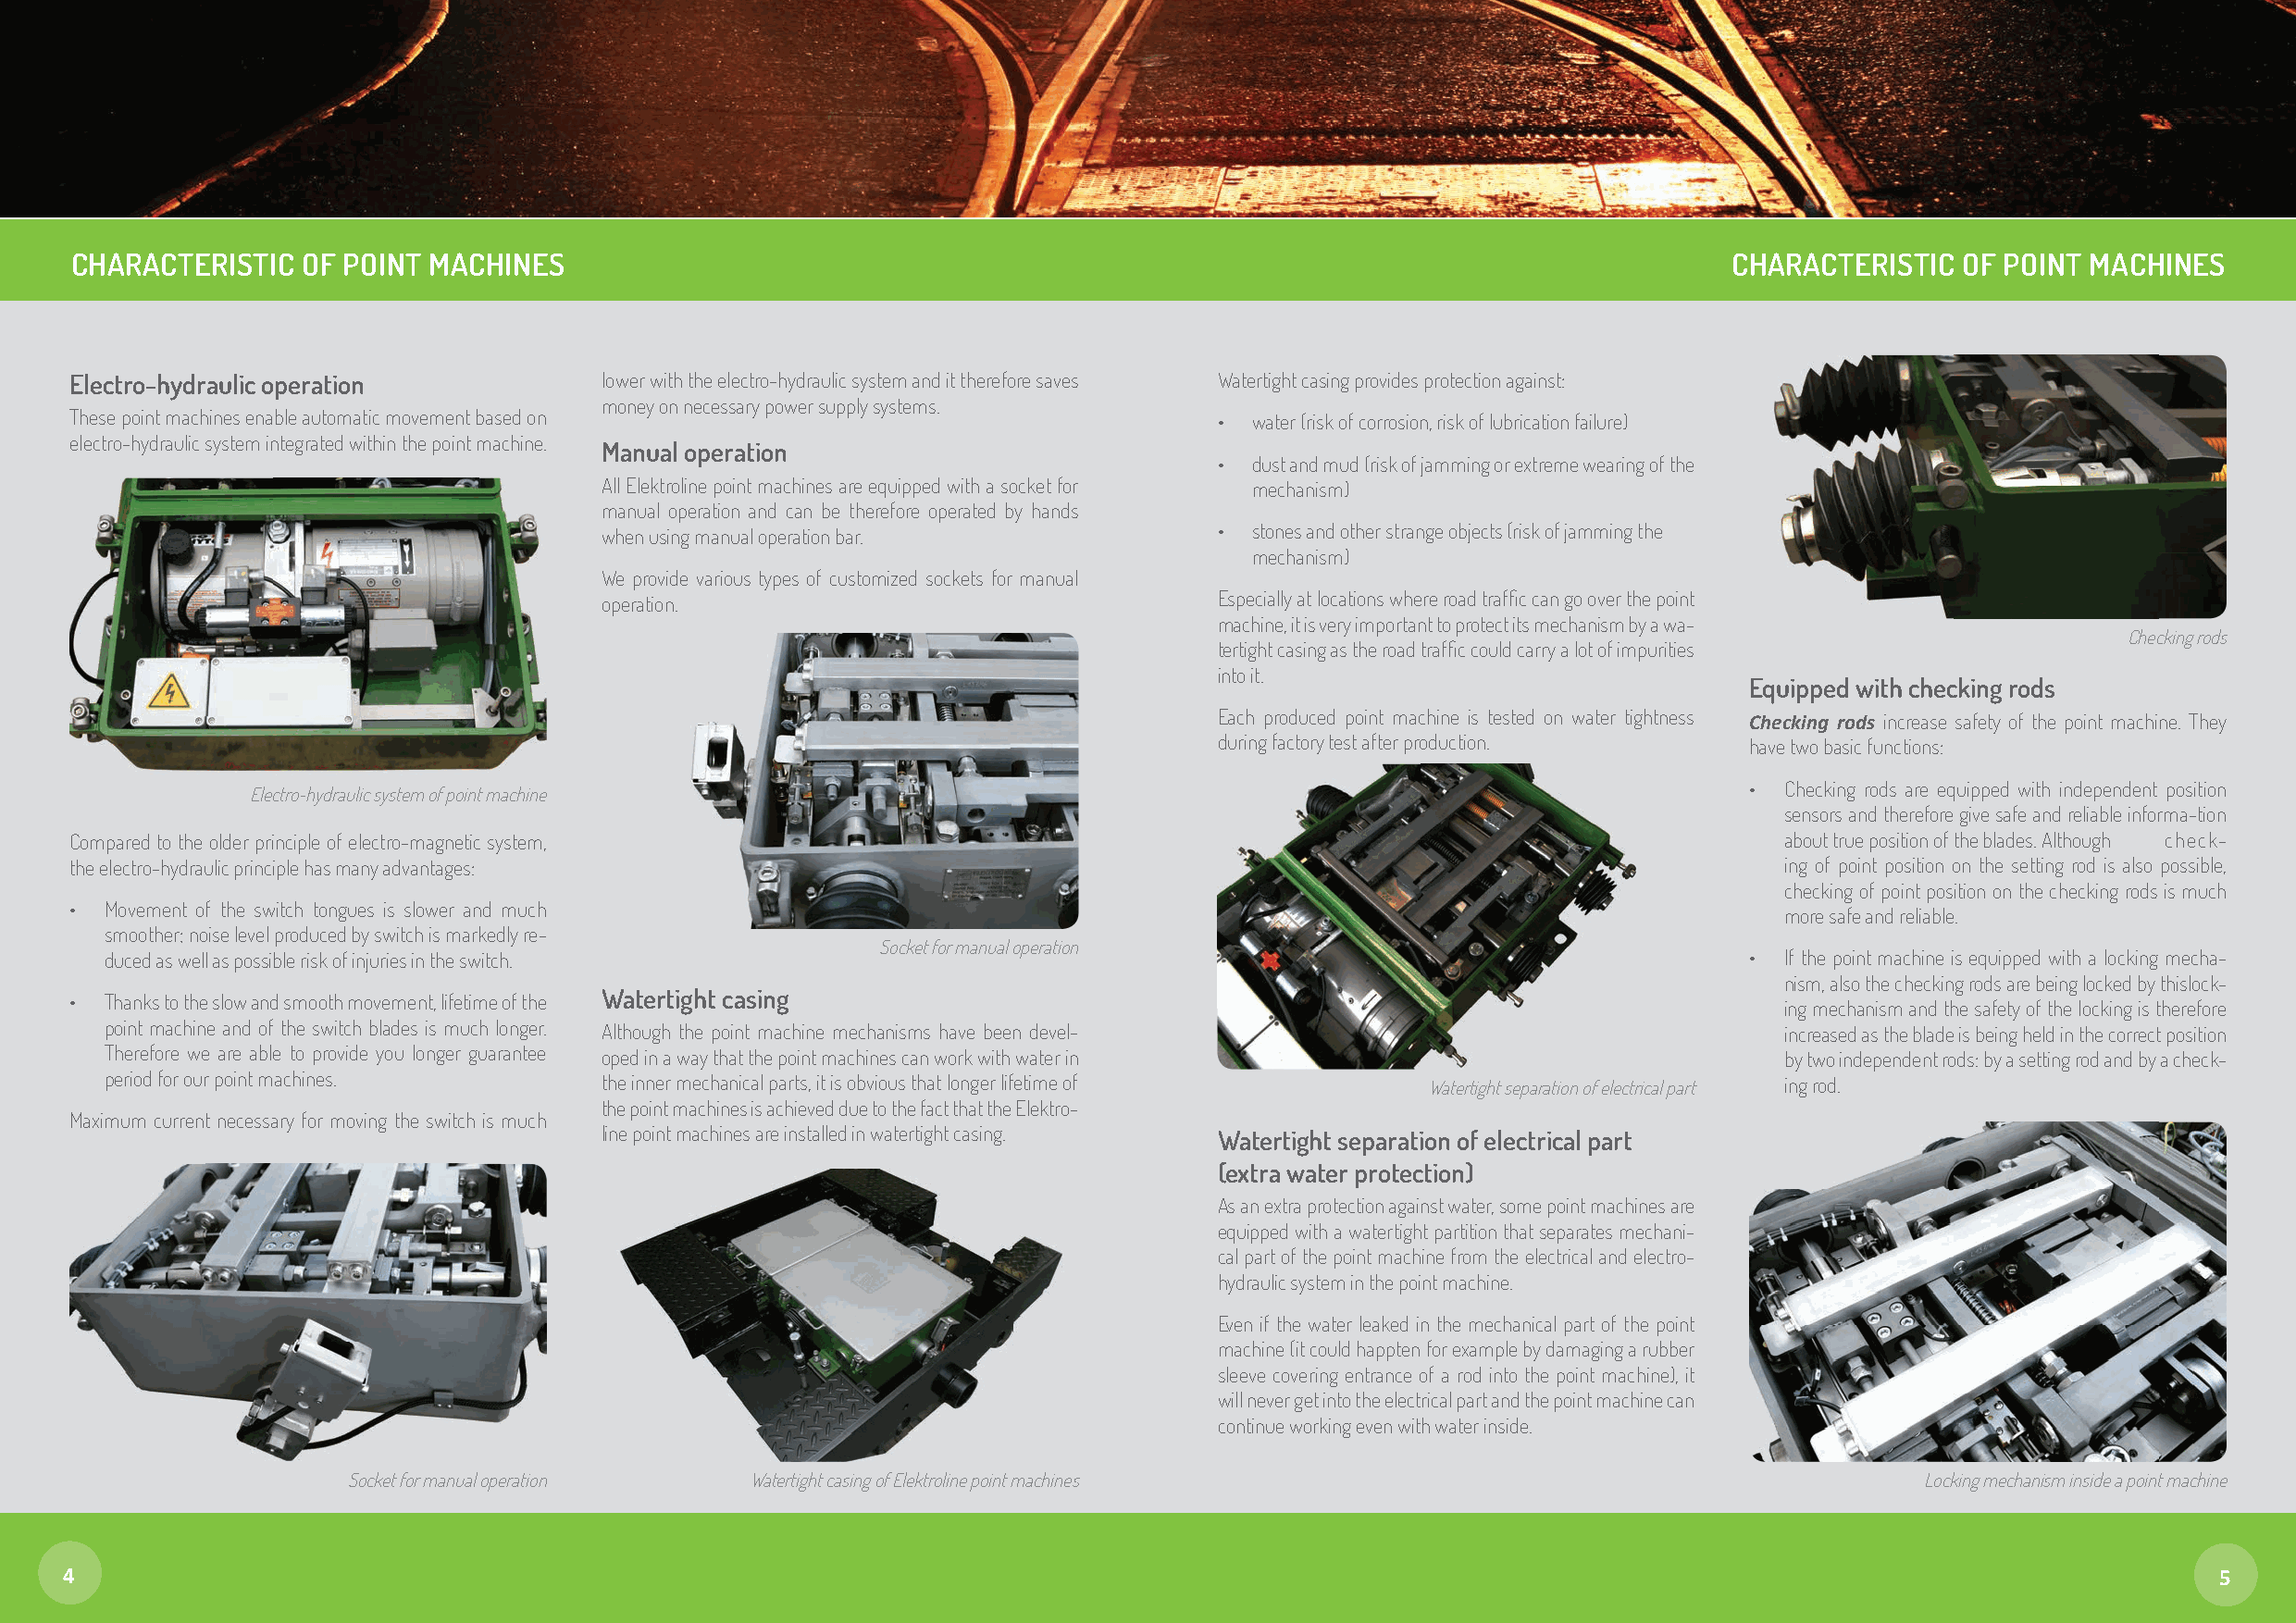
CHARACTERISTIC   OF POINT MACHINES                                                                                     CHARACTERISTIC  OF POINT MACHINES
 Electro-hydraulic operation           lower with the electro-hydraulic system and it therefore saves Watertight casing provides protection against:
 money on necessary power supply systems.
 These point machines enable automatic movement based on                           •  water (risk of corrosion, risk of lubrication failure)
 electro-hydraulic system integrated within the point machine.
 Manual operation
 •  dust and mud (risk of jamming or extreme wearing of the
 All Elektroline point machines are equipped with a socket for mechanism)
 manual operation and can be therefore operated by hands
 when using manual operation bar.            •  stones and other strange objects (risk of jamming the
 mechanism)
 We provide various types of customized sockets for manual
 operation.                                  Especially at locations where road traffi c can go over the point
 machine, it is very important to protect its mechanism by a wa-
 Checking rods
 tertight casing as the road traffi c could carry a lot of impurities
 into it.
 Equipped with checking rods
 Each produced point machine is tested on water tightness Checking rods increase safety of the point machine. They
 during factory test after production. have two basic functions:
 •  Checking rods are equipped with independent position
 Electro-hydraulic system of point machine
 sensors and therefore give safe and reliable informa-tion
 Compared to the older principle of electro-magnetic system,                                                                about true position of the blades. Although check-
 the electro-hydraulic principle has many advantages:                                                                       ing of point position on the setting rod is also possible,
 checking of point position on the checking rods is much
 • Movement of the switch tongues is slower and much
 more safe and reliable.
 smoother; noise level produced by switch is markedly re-
 Socket for manual operation
 duced as well as possible risk of injuries in the switch.                                                             •  If the point machine is equipped with a locking mecha-
 nism, also the checking rods are being locked by thislock-
 • Thanks to the slow and smooth movement, lifetime of the Watertight casing
 ing mechanism and the safety of the locking is therefore
 point machine and of the switch blades is much longer. Although the point machine mechanisms have been devel-            increased as the blade is being held in the correct position
 Therefore we are able to provide you longer guarantee oped in a way that the point machines can work with water in       by two independent rods: by a setting rod and by a check-
 period for our point machines.      the inner mechanical parts, it is obvious that longer lifetime of Watertight separation of electrical part ing rod.
 the point machines is achieved due to the fact that the Elektro-
 Maximum current necessary for moving the switch is much
 line point machines are installed in watertight casing. Watertight separation of electrical part
 (extra water protection)
 As an extra protection against water, some point machines are
 equipped with a watertight partition that separates mechani-
 cal part of the point machine from the electrical and electro-
 hydraulic system in the point machine.
 Even if the water leaked in the mechanical part of the point
 machine (it could happten for example by damaging a rubber
 sleeve covering entrance of a rod into the point machine), it
 will never get into the electrical part and the point machine can
 continue working even with water inside.
 Socket for manual operation  Watertight casing of Elektroline point machines                                     Locking mechanism inside a point machine
 5
 4                                                                                                                                                         5